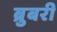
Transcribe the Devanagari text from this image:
ब्रुबरी